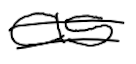
Text: as
Cross-out: double-line
Writing tool: digital_black